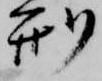
刑